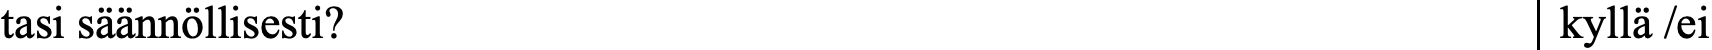
tasi säännöllisesti?                               kyllä /ei